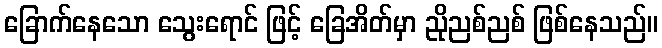
ခြောက်နေသော သွေးရောင် ဖြင့် ခြေအိတ်မှာ ညိုညစ်ညစ် ဖြစ်နေသည်။